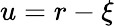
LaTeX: u=r-\xi